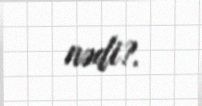
nədi?.